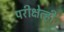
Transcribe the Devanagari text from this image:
परीक्षेत्ही